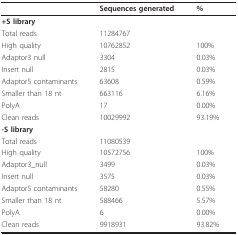
<table><thead><tr><td></td><td><b>Sequences generated</b></td><td><b>%</b></td></tr></thead><tbody><tr><td><b>+S library</b></td><td></td><td></td></tr><tr><td>Total reads</td><td>11284767</td><td></td></tr><tr><td>High quality</td><td>10762852</td><td>100%</td></tr><tr><td>Adaptor3 null</td><td>3304</td><td>0.03%</td></tr><tr><td>Insert null</td><td>2815</td><td>0.03%</td></tr><tr><td>Adaptor5 contaminants</td><td>63608</td><td>0.59%</td></tr><tr><td>Smaller than 18 nt</td><td>663116</td><td>6.16%</td></tr><tr><td>PolyA</td><td>17</td><td>0.00%</td></tr><tr><td>Clean reads</td><td>10029992</td><td>93.19%</td></tr><tr><td><b>-S library</b></td><td></td><td></td></tr><tr><td>Total reads</td><td>11080539</td><td></td></tr><tr><td>High quality</td><td>10572756</td><td>100%</td></tr><tr><td>Adaptor3_null</td><td>3499</td><td>0.03%</td></tr><tr><td>Insert null</td><td>3575</td><td>0.03%</td></tr><tr><td>Adaptor5 contaminants</td><td>58280</td><td>0.55%</td></tr><tr><td>Smaller than 18 nt</td><td>588466</td><td>5.57%</td></tr><tr><td>PolyA</td><td>6</td><td>0.00%</td></tr><tr><td>Clean reads</td><td>9918931</td><td>93.82%</td></tr></tbody></table>